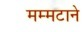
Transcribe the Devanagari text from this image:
मम्मटाने